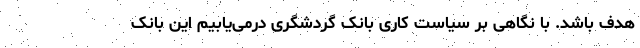
هدف باشد. با نگاهی بر سیاست کاری بانک گردشگری درمی‌یابیم این بانک